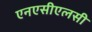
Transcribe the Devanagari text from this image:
एनएसीएलसी